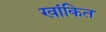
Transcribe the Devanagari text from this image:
खांकित